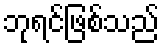
ဘုရင်ဖြစ်သည်